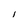
Character: l